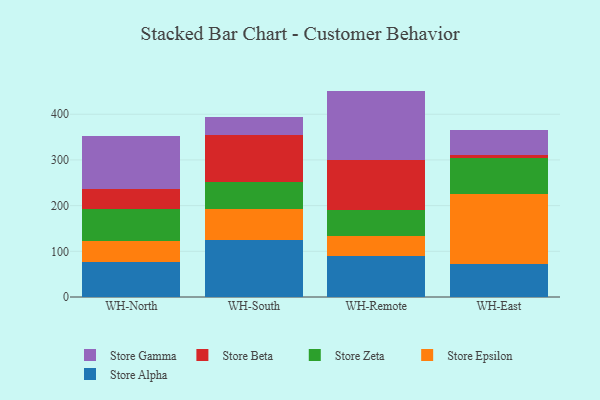
{"axis": {"x": "Warehouse", "y": "Market Share (%)"}, "legend": ["Store Alpha", "Store Beta", "Store Epsilon", "Store Gamma", "Store Zeta"], "data": [{"x": "WH-North", "y": 77.3, "type": "Store Alpha"}, {"x": "WH-North", "y": 44.9, "type": "Store Epsilon"}, {"x": "WH-North", "y": 71.1, "type": "Store Zeta"}, {"x": "WH-North", "y": 42.5, "type": "Store Beta"}, {"x": "WH-North", "y": 115.6, "type": "Store Gamma"}, {"x": "WH-South", "y": 125.2, "type": "Store Alpha"}, {"x": "WH-South", "y": 68.2, "type": "Store Epsilon"}, {"x": "WH-South", "y": 57.5, "type": "Store Zeta"}, {"x": "WH-South", "y": 103.3, "type": "Store Beta"}, {"x": "WH-South", "y": 39.0, "type": "Store Gamma"}, {"x": "WH-Remote", "y": 89.5, "type": "Store Alpha"}, {"x": "WH-Remote", "y": 43.6, "type": "Store Epsilon"}, {"x": "WH-Remote", "y": 57.6, "type": "Store Zeta"}, {"x": "WH-Remote", "y": 109.4, "type": "Store Beta"}, {"x": "WH-Remote", "y": 151.1, "type": "Store Gamma"}, {"x": "WH-East", "y": 72.6, "type": "Store Alpha"}, {"x": "WH-East", "y": 152.7, "type": "Store Epsilon"}, {"x": "WH-East", "y": 78.5, "type": "Store Zeta"}, {"x": "WH-East", "y": 7.9, "type": "Store Beta"}, {"x": "WH-East", "y": 53.4, "type": "Store Gamma"}]}